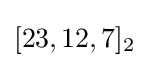
[23,12,7]_{2}